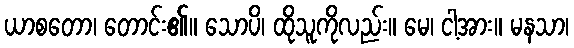
ယာစတော၊ တောင်း၏။ သောပိ၊ ထိုသူကိုလည်း။ မေ၊ ငါ့အား။ မနသာ၊